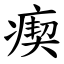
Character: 瘈